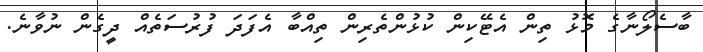
ބާސެލޯނާގެ މޮޅު ތިން އެޓޭކިން ކުޅުންތެރިން ތިއްބާ އެފަދަ ފުރުސަތެއް ދީގެން ނުވާނެ.